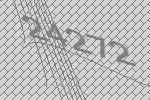
24272